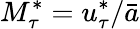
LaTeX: M_{\tau}^{*}=u_{\tau}^{*}/\bar{a}